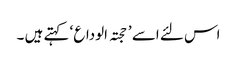
اس لئے اسے ’ حجتہ الوداع ‘ کہتے ہیں ۔